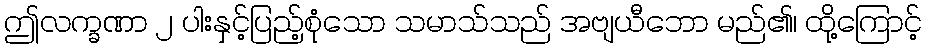
ဤလက္ခဏာ ၂ ပါးနှင့်ပြည့်စုံသော သမာသ်သည် အဗျယီဘော မည်၏၊ ထို့ကြောင့်